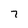
Character: 7